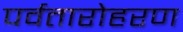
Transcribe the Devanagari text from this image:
पर्वतारोहरण